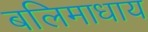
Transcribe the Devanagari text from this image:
बलिमाधाय